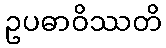
ဥပဓာဝိဿတိ